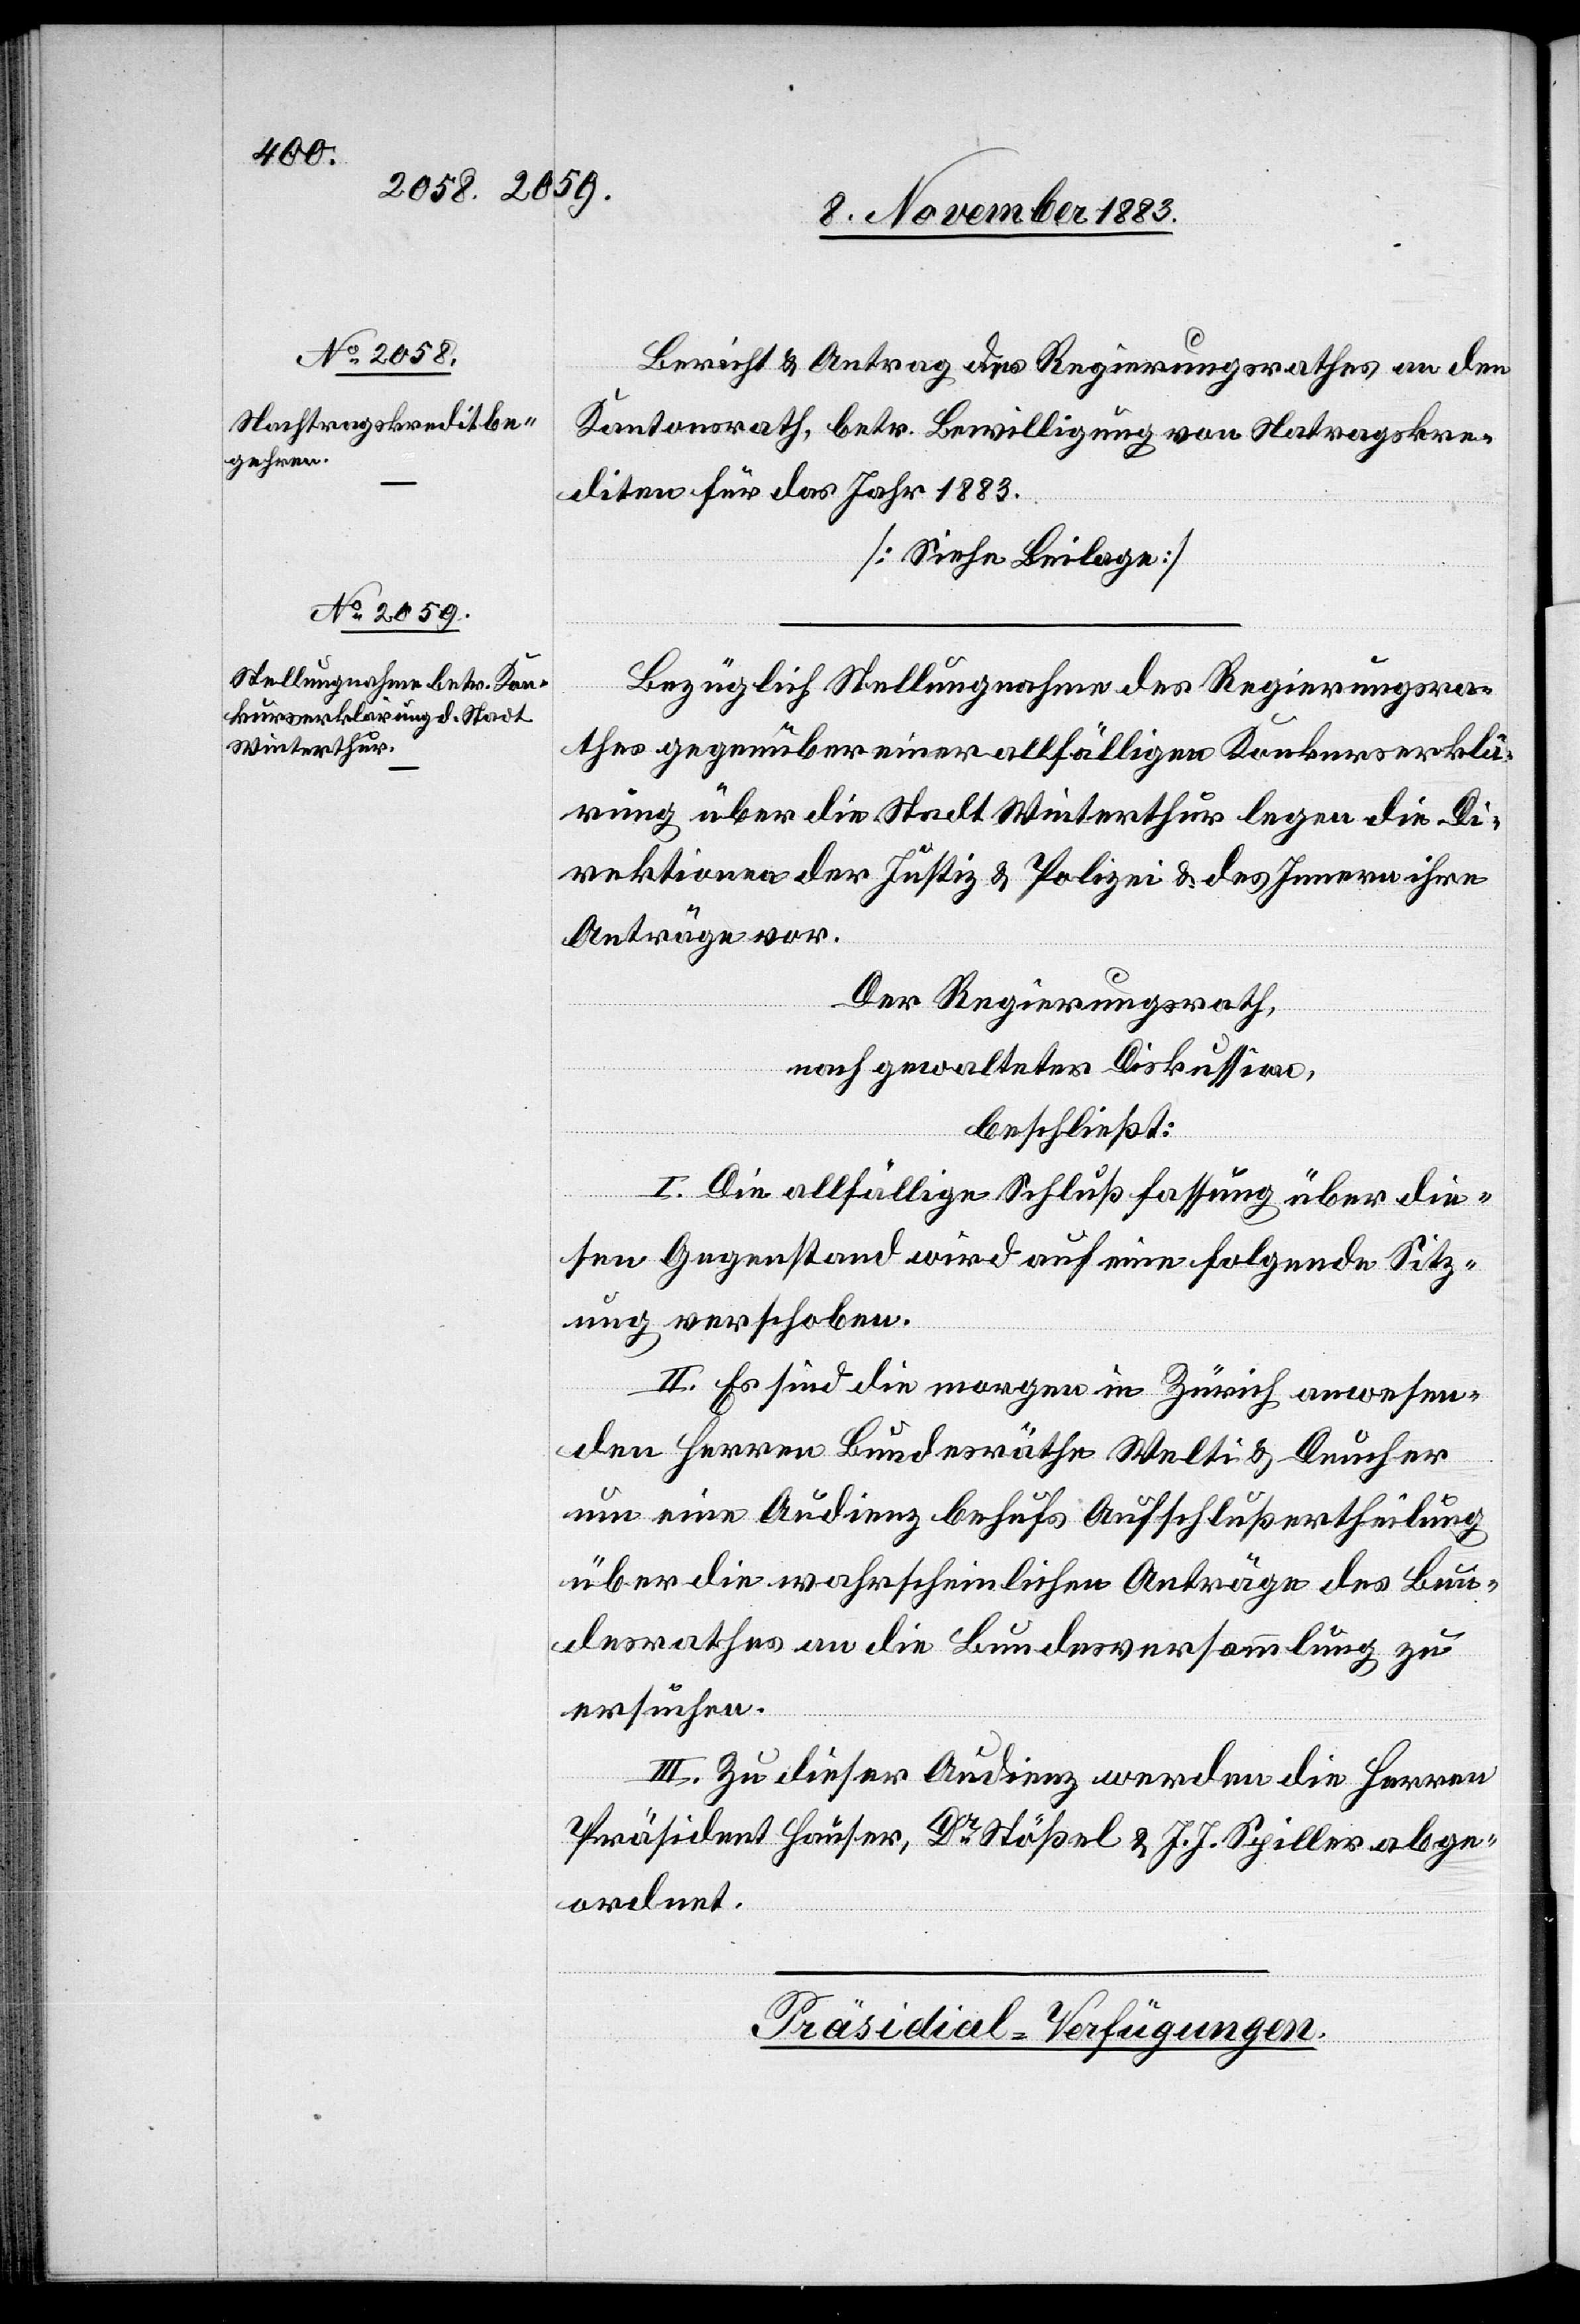
Bericht & Antrag des Regierungsrathes an den
Kantonsrath, betr. Bewilligung von Na[ch]tragskre¬
diten für das Jahr 1883.
[Siehe Beilage.]
Bezüglich Stellungnahme des Regierungsra¬
thes gegenüber einer allfälligen Konkurserklä¬
rung über die Stadt Winterthur legen die Di¬
rektionen der Justiz & Polizei & des Innern ihre
Anträge vor.
Der Regierungsrath,
nach gewalteter Diskussion,
beschließt:
I. Die allfällige Schlußfassung über die¬
sen Gegenstand wird auf eine folgende Sitz¬
ung verschoben.
II. Es sind die Morgen in Zürich anwesen¬
den Herren Bundesräthe Welti & Deucher
um eine Audienz behufs Aufschlußertheilung
über die wahrscheinlichen Anträge des Bun¬
desrathes an die Bundesversammlung zu
ersuchen.
III. Zu dieser Audienz werden die Herren
Präsident Hauser, Dr Stößel & J. J. Spiller abge¬
ordnet.
Präsidial-Verfügungen.